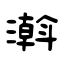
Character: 濣